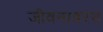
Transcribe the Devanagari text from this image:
जीवनावरच